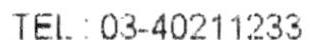
TEL: 03-40211233